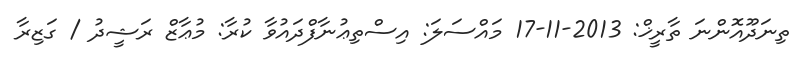
ތިނަދޫއޮންނަ ތާރީޚް: 2013-11-17 މައްސަލަ: އިސްތިޢުނާފްދައުވާ ކުރާ: މުޢާޒް ރަޝީދު / ގަޒިރާ